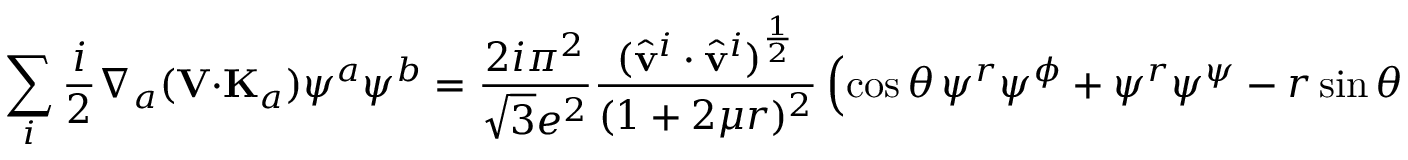
\sum _ { i } \frac { i } { 2 } \nabla _ { a } ( { \bf V } \cdot { \bf K } _ { a } ) \psi ^ { a } \psi ^ { b } = \frac { 2 i \pi ^ { 2 } } { \sqrt { 3 } e ^ { 2 } } \frac { ( \hat { \bf v } ^ { i } \cdot \hat { \bf v } ^ { i } ) ^ { \frac { 1 } { 2 } } } { ( 1 + 2 \mu r ) ^ { 2 } } \left( \cos \theta \, \psi ^ { r } \psi ^ { \phi } + \psi ^ { r } \psi ^ { \psi } - r \sin \theta ( 1 + 2 \mu r ) \psi ^ { \theta } \psi ^ { \phi } \right)